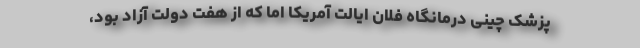
پزشک چینی درمانگاه فلان ایالت آمریکا اما که از هفت دولت آزاد بود،